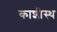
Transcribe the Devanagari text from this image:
काशीस्थ